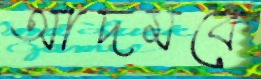
আদমকে